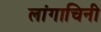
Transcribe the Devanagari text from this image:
लांगाचिनी